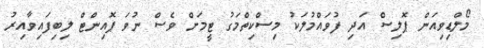
މޯލްޑިވިއަން ޕޮލިސް އަދި ފުވައްމުލަކު މިސްކިތްމަގު ޓީމަށް ވެސް ނުވަ ޕޮއިންޓް ލިބިފައިވާއިރު